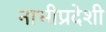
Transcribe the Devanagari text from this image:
नाभीप्रदेशी